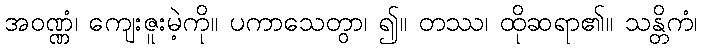
အဝဏ္ဏံ၊ ကျေးဇူးမဲ့ကို။ ပကာသေတွာ၊ ၍။ တဿ၊ ထိုဆရာ၏။ သန္တိကံ၊